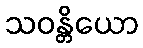
သဝန္တိယော